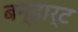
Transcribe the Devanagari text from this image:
बन्हार्ट